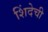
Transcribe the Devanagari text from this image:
शिंदेची